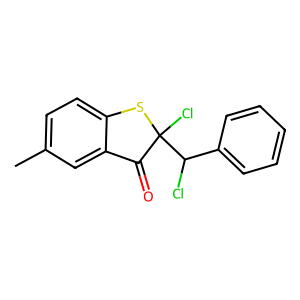
SMILES: Cc1ccc2c(c1)C(=O)C(Cl)(C(Cl)c1ccccc1)S2
Inhibits HIV replication: No